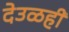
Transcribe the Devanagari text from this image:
देउळही